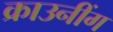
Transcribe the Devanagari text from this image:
क्राउनींग